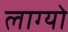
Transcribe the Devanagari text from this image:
लाग्यो